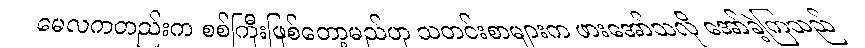
မေလကတည်းက စစ်ကြီးဖြစ်တော့မည်ဟု သတင်းစာများက ဖားအော်သလို အော်ခဲ့ကြသည်